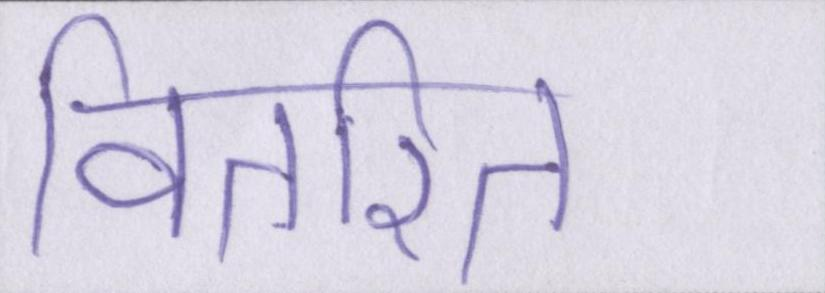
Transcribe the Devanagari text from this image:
वितरित